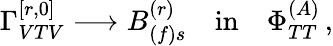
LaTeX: \Gamma_{VTV}^{[r,0]}\longrightarrow B_{(f)s}^{(r)}\quad\mathrm{{in}}\quad\Phi_{TT}^{(A)}\, ,